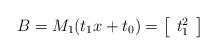
LaTeX: \begin{align*}B=M_1(t_1x+t_0)=\left[\begin{array}{c}t_1^2\end{array}\right]\end{align*}